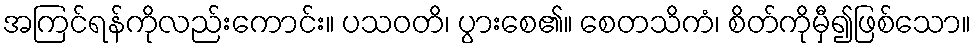
အကြင်ရန်ကိုလည်းကောင်း။ ပသဝတိ၊ ပွားစေ၏။ စေတသိကံ၊ စိတ်ကိုမှီ၍ဖြစ်သော။